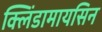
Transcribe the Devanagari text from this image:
क्लिंडामायसिन